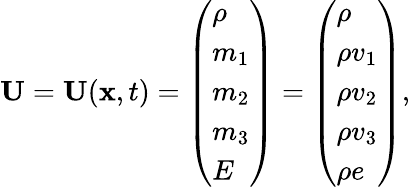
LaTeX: \begin{array}{r}{\mathbf{U}=\mathbf{U}(\mathbf{x},t)=\left(\begin{array}{l}{\rho}\\ {m_{1}}\\ {m_{2}}\\ {m_{3}}\\ {E}\end{array}\right)=\left(\begin{array}{l}{\rho}\\ {\rho v_{1}}\\ {\rho v_{2}}\\ {\rho v_{3}}\\ {\rho e}\end{array}\right),}\end{array}